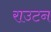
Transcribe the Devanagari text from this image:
राउटन